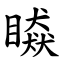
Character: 䁭